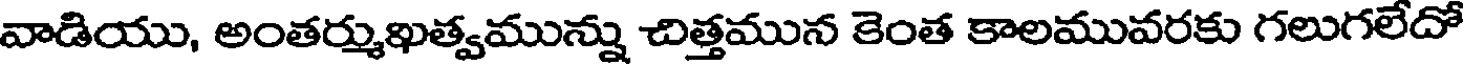
వాడియు, అంతర్ముఖత్వమున్ను చిత్తమున కెంత కాలమువరకు గలుగలేదో